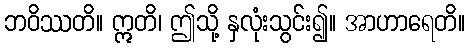
ဘဝိဿတိ။ ဣတိ၊ ဤသို့ နှလုံးသွင်း၍။ အာဟာရေတိ။